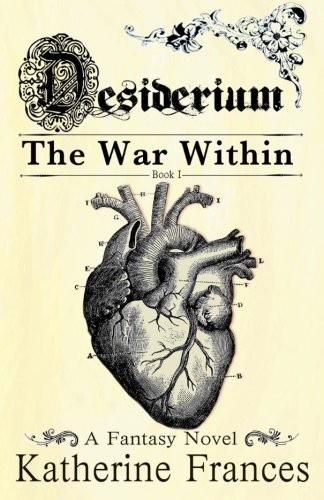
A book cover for Desiderium: The War Within (Volume 1); Katherine Frances; Science Fiction & Fantasy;